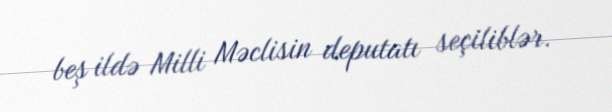
beş ildə Milli Məclisin deputatı seçiliblər.